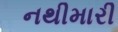
નથીમારી